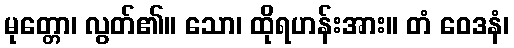
မုတ္တော၊ လွတ်၏။ သော၊ ထိုရဟန်းအား။ တံ ဝေဒနံ၊